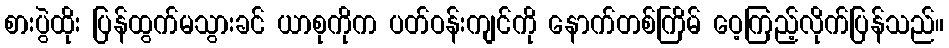
စားပွဲထိုး ပြန်ထွက်မသွားခင် ယာစုကိုက ပတ်ဝန်းကျင်ကို နောက်တစ်ကြိမ် ဝေ့ကြည့်လိုက်ပြန်သည်။